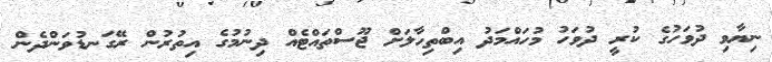
ނިޔާވި ދުވަހުގެ ކުރީ ދުވަހު މުހައްމަދު އިބްތިހާލަށް ޖޫސްތައްޓެއް ދިނުމުގެ އިތުރުން ރޭގަނޑުވަންދެން